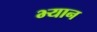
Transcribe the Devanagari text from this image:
भ्यान